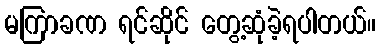
မကြာခဏ ရင်ဆိုင် တွေ့ဆုံခဲ့ရပါတယ်။